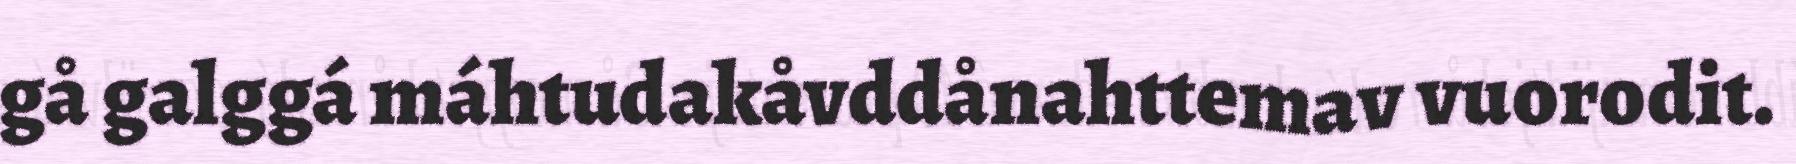
gå galggá máhtudakåvddånahttemav vuorodit.